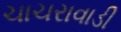
ચાચરાવાડી